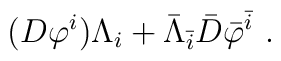
(D  {\varphi}^i) \Lambda_i + \bar{\Lambda}_{\bar{i}} \bar{D}{\bar{\varphi}}^{\bar{i}} \ .